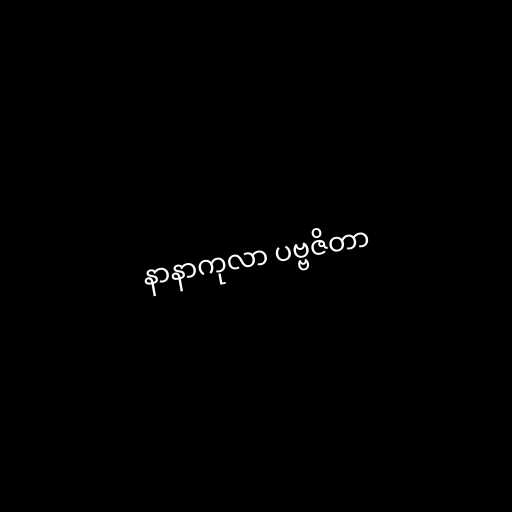
နာနာကုလာ ပဗ္ဗဇိတာ